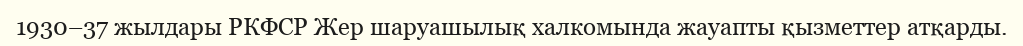
1930–37 жылдары РКФСР Жер шаруашылық халкомында жауапты қызметтер атқарды.